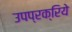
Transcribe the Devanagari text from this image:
उपप्रक्रिये